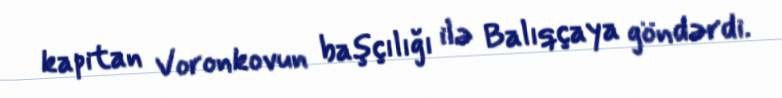
kapitan Voronkovun başçılığı ilə Balıqçaya göndərdi.